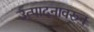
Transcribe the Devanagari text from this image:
उत्पादनावरून